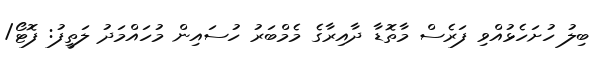
ބިލު ހުށަހެޅުއްވި ފަރެސް މާތޮޑާ ދާއިރާގެ މެމްބަރު ހުސައިން މުހައްމަދު ލަތީފު: ފޮޓޯ/